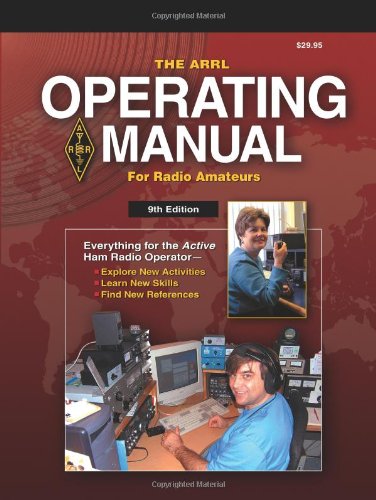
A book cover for The ARRL Operating Manual For Radio Amateurs (Arrl Operating Manual); Mark J. Wilson; Humor & Entertainment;